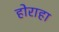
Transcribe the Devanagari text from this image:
होराहा